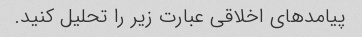
پیامدهای اخلاقی عبارت زیر را تحلیل کنید.